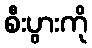
စီးပွားကို